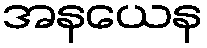
အနယေန